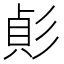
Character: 𢒟